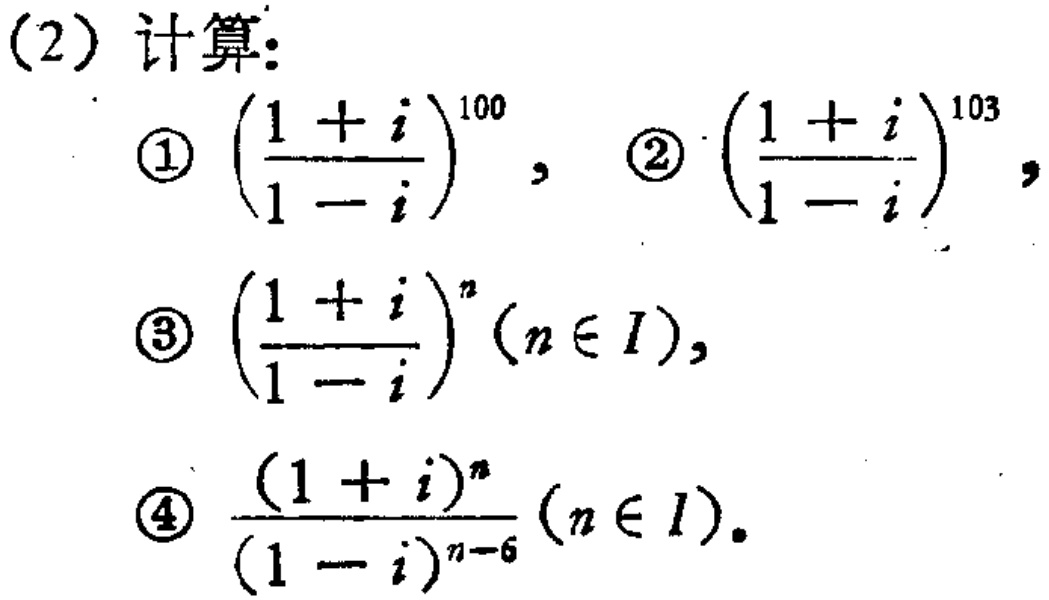
(2) 计算:
\textcircled{1} \(\left(\frac{1 + i}{1 - i}\right)^{100}\), \textcircled{2} \(\left(\frac{1 + i}{1 - i}\right)^{103}\),
\textcircled{3} \(\left(\frac{1 + i}{1 - i}\right)^{n}(n\in I)\),
\textcircled{4} \(\frac{(1 + i)^{n}}{(1 - i)^{n - 6}}(n\in I)\)。